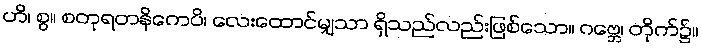
ဟိ၊ စွ။ စတုရတနိကေပိ၊ လေးထောင်မျှသာ ရှိသည်လည်းဖြစ်သော။ ဂဗ္ဘေ၊ တိုက်၌။